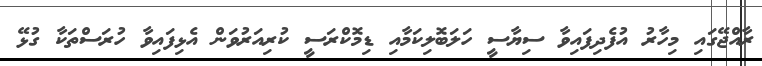
ރާއްޖޭގައި މިހާރު އުފެދިފައިވާ ސިޔާސީ ހަލަބޮލިކަމާއި ޑިމޮކްރަސީ ކުރިއަރުވަން އެޅިފައިވާ ހުރަސްތަކާ ގުޅޭ